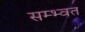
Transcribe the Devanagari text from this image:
सम्भ्वत